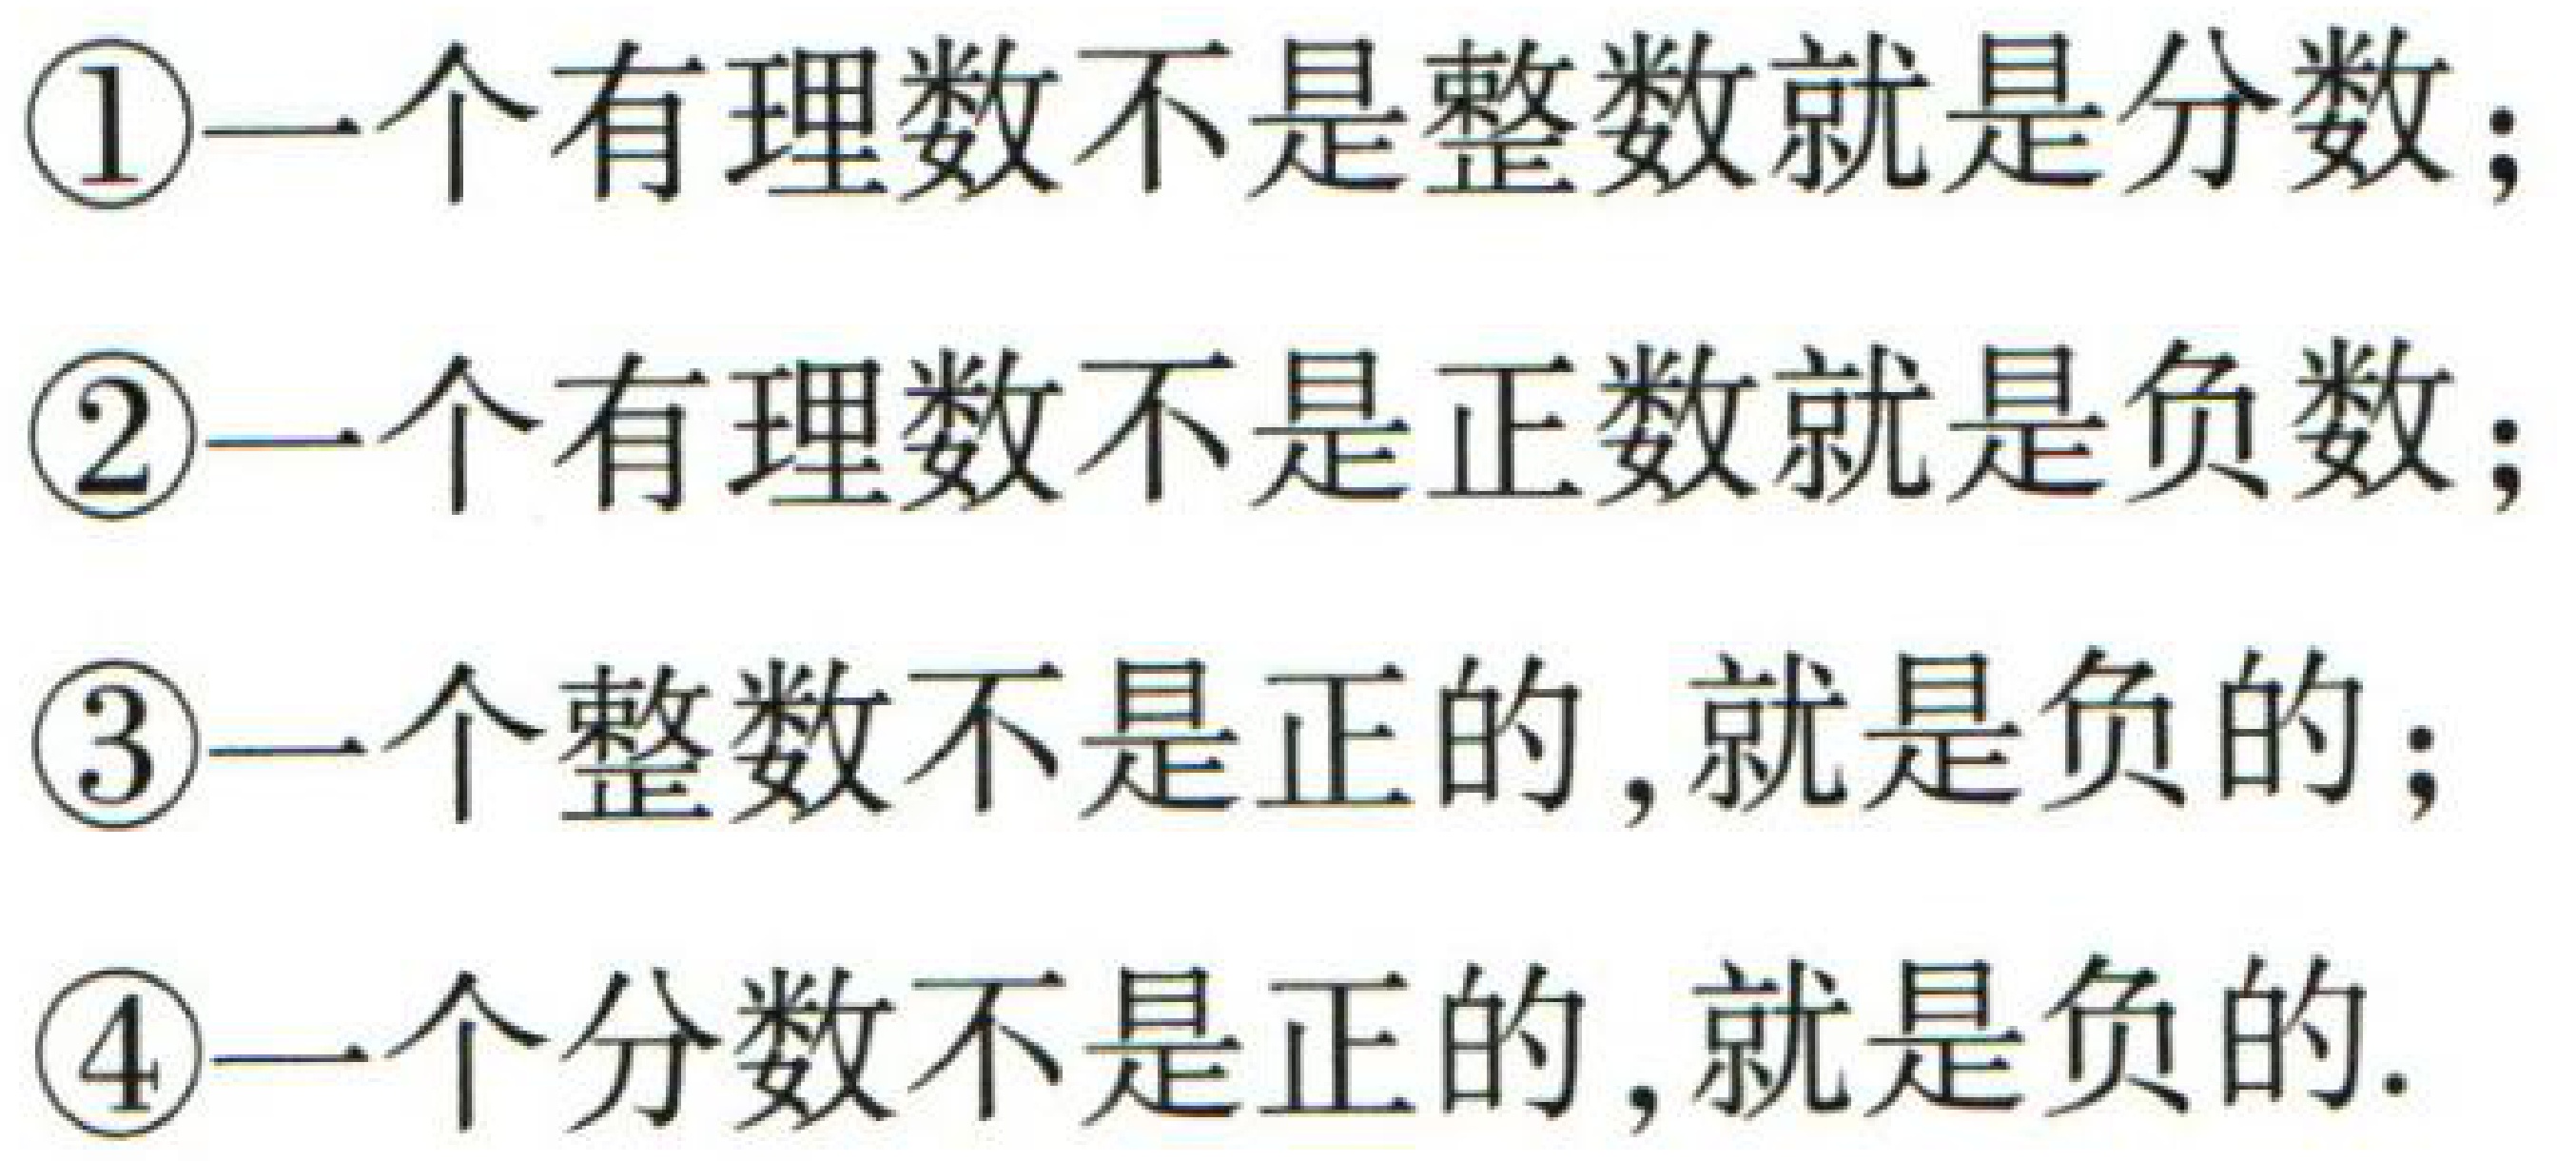
\textcircled{1}一个有理数不是整数就是分数；

\textcircled{2}一个有理数不是正数就是负数；

\textcircled{3}一个整数不是正的，就是负的；

\textcircled{4}一个分数不是正的，就是负的.